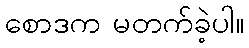
စောဒက မတက်ခဲ့ပါ။